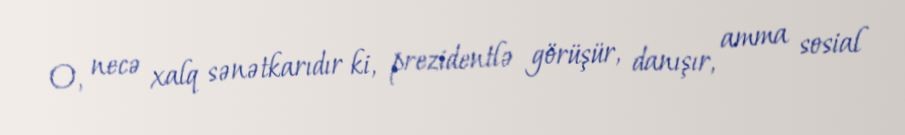
O, necə xalq sənətkarıdır ki, prezidentlə görüşür, danışır, amma sosial